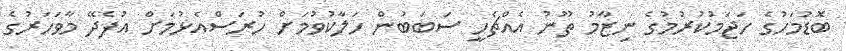
ބޮޑުމަހުގެ ހަޖަމުކުރުމުގެ ނިޒާމު ތޫނު އެއްޗެހީ ސަބަބުން ހަލާކުވުމަށް ހުރަސްއެޅުމަށް އުފެދޭ މާވަހަރުގެ